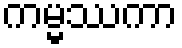
ကမ္မဿကာ